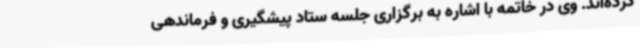
کرده‌اند. وی در خاتمه با اشاره به برگزاری جلسه ستاد پیشگیری و فرماندهی